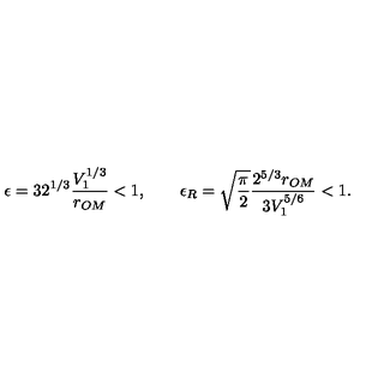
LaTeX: \epsilon = 3 2 ^ { 1 / 3 } \frac { V _ { 1 } ^ { 1 / 3 } } { r _ { O M } } < 1 , \qquad \epsilon _ { R } = \sqrt { \frac { \pi } { 2 } } \frac { 2 ^ { 5 / 3 } r _ { O M } } { 3 V _ { 1 } ^ { 5 / 6 } } < 1 .